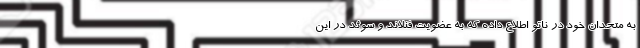
به متحدان خود در ناتو اطلاع داده که به عضویت فنلاند و سوئد در این